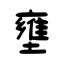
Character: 壅